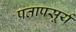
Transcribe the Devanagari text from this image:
प्रतापसूर्य